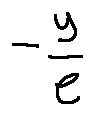
- \frac { y } { e }